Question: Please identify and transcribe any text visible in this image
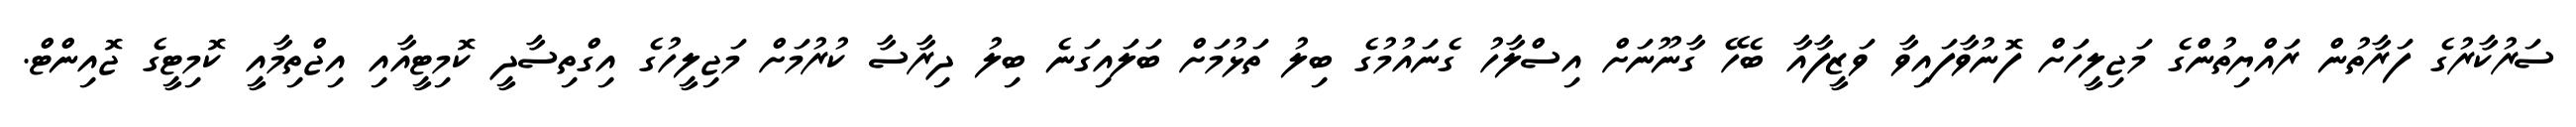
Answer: ސަރުކާރުގެ ފަރާތުން ރައްޔިތުންގެ މަޖިލީހަށް ފޮނުވާފައިވާ ވަޒީފާއާ ބެހޭ ގާނޫނަށް އިސްލާހު ގެނައުމުގެ ބިލު ތަޅުމަށް ބަލައިގަނެ ބިލު ދިރާސާ ކުރުމަށް މަޖިލީހުގެ އިގްތިސާދީ ކޮމިޓީއާއި އިޖްތިމާއީ ކޮމިޓީގެ ޖޮއިންޓް.